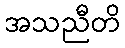
အသညီတိ